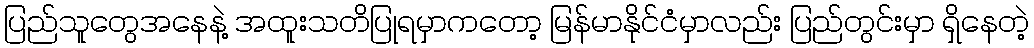
ပြည်သူတွေအနေနဲ့ အထူးသတိပြုရမှာကတော့ မြန်မာနိုင်ငံမှာလည်း ပြည်တွင်းမှာ ရှိနေတဲ့